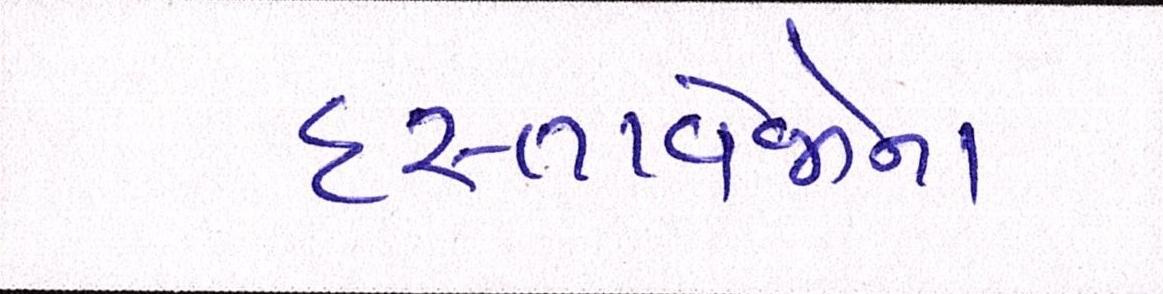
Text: દસ્તાવેજોના